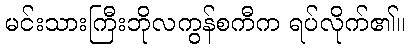
မင်းသားကြီးဘိုလကွန်စကီက ရပ်လိုက်၏။